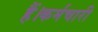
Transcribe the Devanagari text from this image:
हैं।कर्मचारी